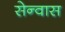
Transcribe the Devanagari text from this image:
सेन्वास